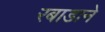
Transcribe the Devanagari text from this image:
रबाडाने